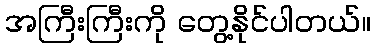
အကြီးကြီးကို တွေ့နိုင်ပါတယ်။